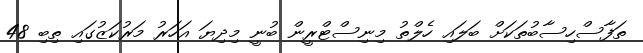
ތަފާސްހިސާބުތަކަށް ބަލައި ހެލްތު މިނިސްޓްރީން ބުނީ މިދިޔަ އަހަރު މަރުކަޒުގައި ތިބި 48